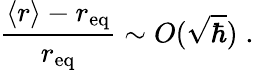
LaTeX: \frac{\langle r\rangle-r_{\mathrm{eq}}}{r_{\mathrm{eq}}}\sim O({\sqrt\hbar})\; .